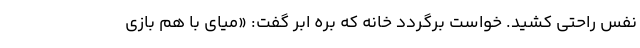
نفس راحتی کشید. خواست برگردد خانه که بره ابر گفت: «میای با هم بازی